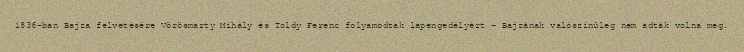
1836-ban Bajza felvetésére Vörösmarty Mihály és Toldy Ferenc folyamodtak lapengedélyért – Bajzának valószínűleg nem adták volna meg.